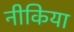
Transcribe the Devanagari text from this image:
नीकिया